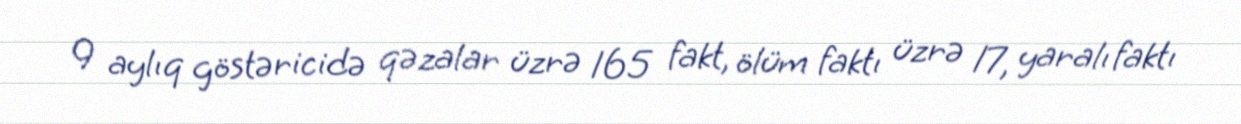
9 aylıq göstəricidə qəzalar üzrə 165 fakt, ölüm faktı üzrə 17, yaralı faktı